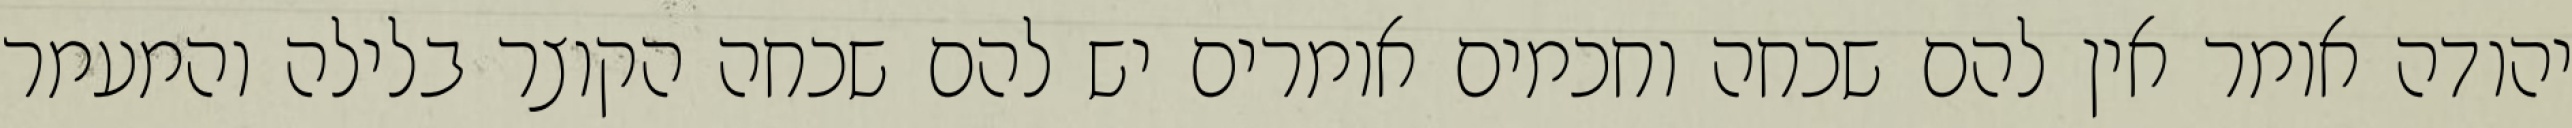
יהודה אומר אין להם שכחה וחכמים אומרים יש להם שכחה הקוצר בלילה והמעמר